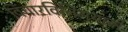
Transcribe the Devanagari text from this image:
विचारविनिमयाची